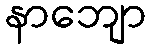
နာဘျော